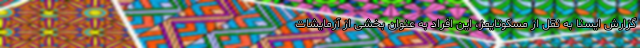
گزارش ایسنا به نقل از مسکوتایمز، این افراد به عنوان بخشی از آزمایشات